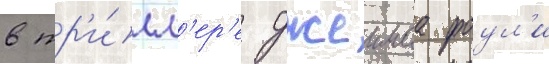
в тр'и́лл'ер'е джеимса фоул'и